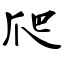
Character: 爬